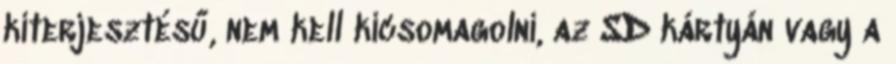
kiterjesztésű, nem kell kicsomagolni, az SD kártyán vagy a